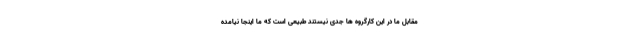
مقابل ما در این کارگروه ها جدی نیستند طبیعی است که ما اینجا نیامده